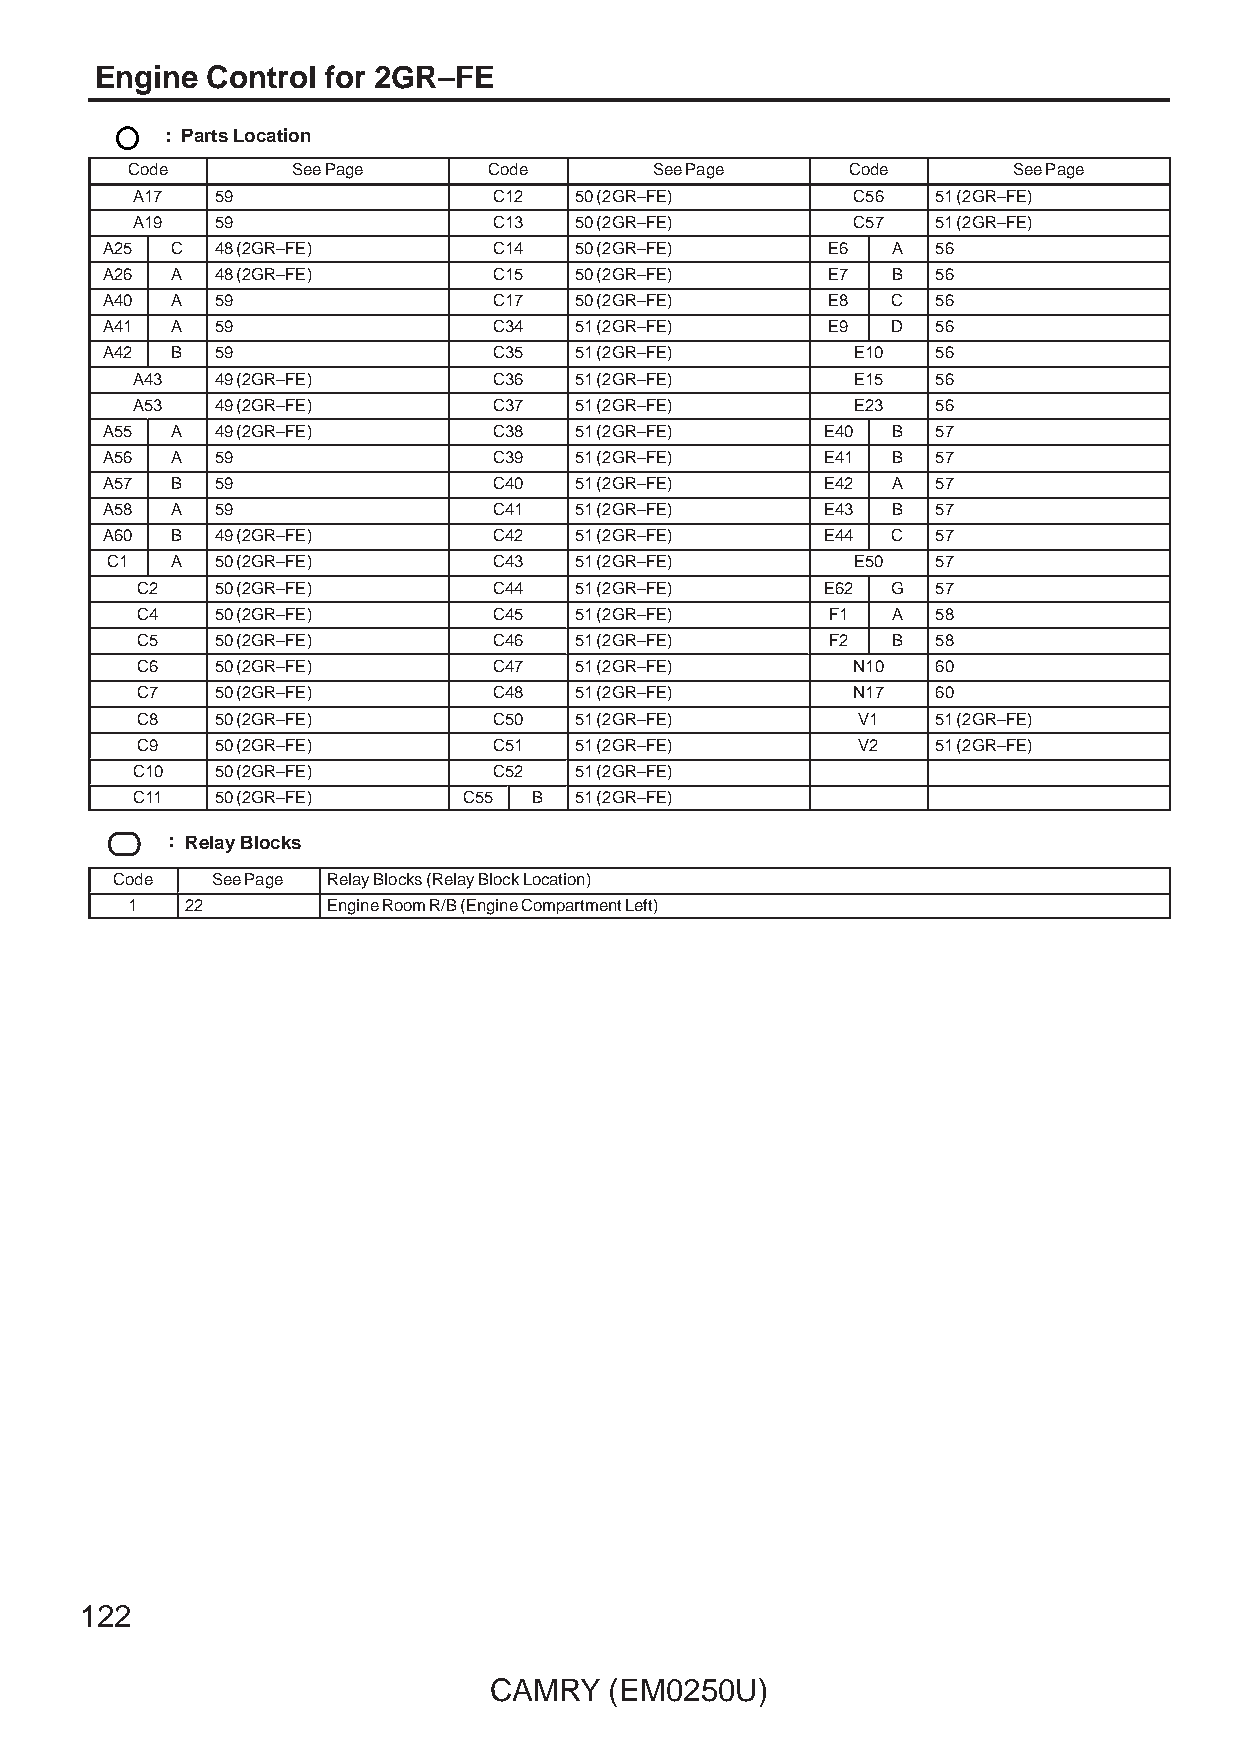
Engine  Control for 2GR–FE
 : Parts Location
 Code       See Page     Code       See Page     Code       See Page
 A17  59                 C12  50 (2GR–FE)       C56   51 (2GR–FE)
 A19  59                 C13  50 (2GR–FE)       C57   51 (2GR–FE)
 A25 C  48 (2GR–FE)        C14  50 (2GR–FE)      E6  A  56
 A26 A  48 (2GR–FE)        C15  50 (2GR–FE)      E7  B  56
 A40 A  59                 C17  50 (2GR–FE)      E8  C  56
 A41 A  59                 C34  51 (2GR–FE)      E9  D  56
 A42 B  59                 C35  51 (2GR–FE)        E10  56
 A43  49 (2GR–FE)        C36  51 (2GR–FE)        E15  56
 A53  49 (2GR–FE)        C37  51 (2GR–FE)        E23  56
 A55 A  49 (2GR–FE)        C38  51 (2GR–FE)      E40 B  57
 A56 A  59                 C39  51 (2GR–FE)      E41 B  57
 A57 B  59                 C40  51 (2GR–FE)      E42 A  57
 A58 A  59                 C41  51 (2GR–FE)      E43 B  57
 A60 B  49 (2GR–FE)        C42  51 (2GR–FE)      E44 C  57
 C1  A  50 (2GR–FE)        C43  51 (2GR–FE)        E50  57
 C2   50 (2GR–FE)        C44  51 (2GR–FE)      E62 G  57
 C4   50 (2GR–FE)        C45  51 (2GR–FE)      F1  A  58
 C5   50 (2GR–FE)        C46  51 (2GR–FE)      F2  B  58
 C6   50 (2GR–FE)        C47  51 (2GR–FE)       N10   60
 C7   50 (2GR–FE)        C48  51 (2GR–FE)       N17   60
 C8   50 (2GR–FE)        C50  51 (2GR–FE)        V1   51 (2GR–FE)
 C9   50 (2GR–FE)        C51  51 (2GR–FE)        V2   51 (2GR–FE)
 C10  50 (2GR–FE)        C52  51 (2GR–FE)
 C11  50 (2GR–FE)      C55 B  51 (2GR–FE)
 : Relay Blocks
 Code   See Page Relay Blocks (Relay Block Location)
 1   22        Engine Room R/B (Engine Compartment Left)
 122
 CAMRY   (EM0250U)